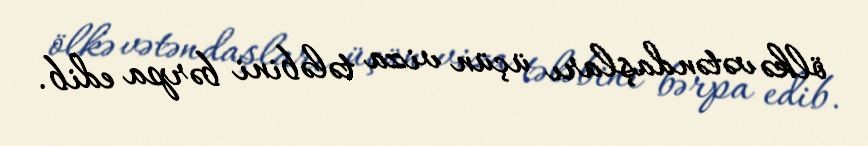
ölkə vətəndaşları üçün viza tələbini bərpa edib.